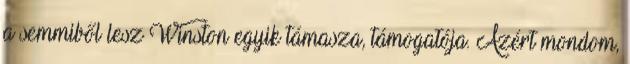
a semmiből lesz Winston egyik támasza, támogatója. Azért mondom,